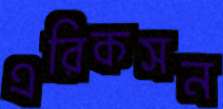
এরিকসন